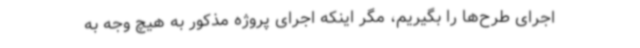
اجرای طرح‌ها را بگیریم، مگر اینکه اجرای پروژه مذکور به هیچ وجه به